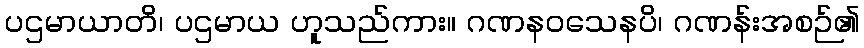
ပဌမာယာတိ၊ ပဌမာယ ဟူသည်ကား။ ဂဏနဝသေနပိ၊ ဂဏန်းအစဉ်၏